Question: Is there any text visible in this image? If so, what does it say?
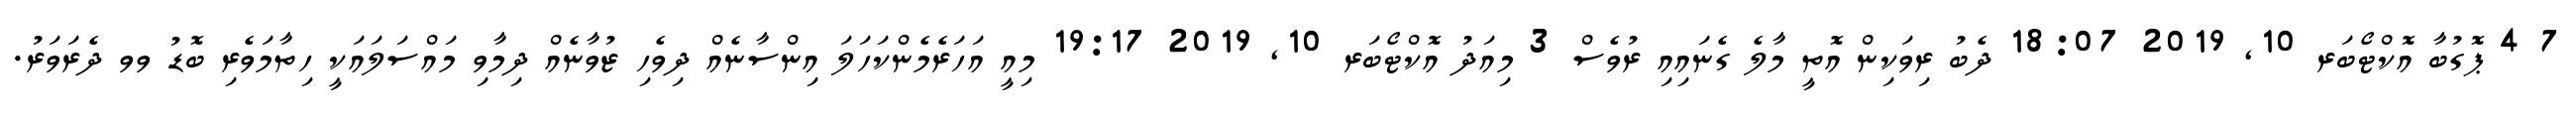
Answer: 7 4 ޕޮގުބާ އޮކްޓޯބަރ 10, 2019 18:07 ދެބު ރިވަކިން އޮތީ މާލެ ގެނައިއި ރުވެސް 3 މިއަދު އޮކްޓޯބަރ 10, 2019 19:17 މިއީ އަހަރެމެންކަހަލަ އިންސާނެއް ދިވެހި ޒުވާނެއް ދިމާވި މައްސަލައަކީ ހިތާމަވެރި ބޮޑު ވވ ދެރަވަރު.